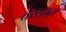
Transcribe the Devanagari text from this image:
तेय्यत्तम